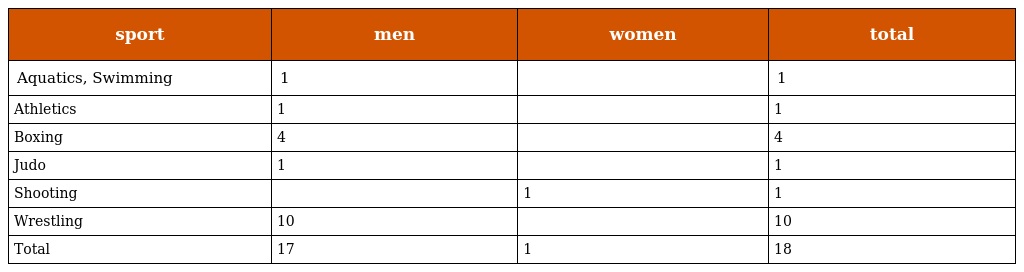
| sport | men | women | total |
 | --- | --- | --- | --- |
 | Aquatics, Swimming | 1 |  | 1 |
 | Athletics | 1 |  | 1 |
 | Boxing | 4 |  | 4 |
 | Judo | 1 |  | 1 |
 | Shooting |  | 1 | 1 |
 | Wrestling | 10 |  | 10 |
 | Total | 17 | 1 | 18 |